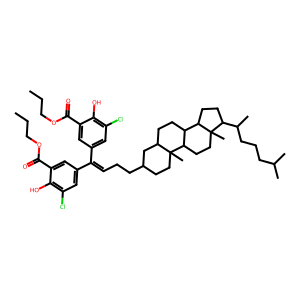
SMILES: CCCOC(=O)c1cc(C(=CCCC2CCC3(C)C(CCC4C3CCC3(C)C(C(C)CCCC(C)C)CCC43)C2)c2cc(Cl)c(O)c(C(=O)OCCC)c2)cc(Cl)c1O
Inhibits HIV replication: No